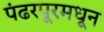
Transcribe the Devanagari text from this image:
पंढरपूरमधून